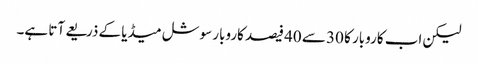
لیکن اب کاروبار کا 30 سے 40 فیصد کاروبار سوشل میڈیا کے ذریعے آتا ہے۔